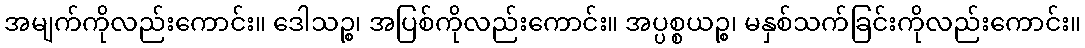
အမျက်ကိုလည်းကောင်း။ ဒေါသဉ္စ၊ အပြစ်ကိုလည်းကောင်း။ အပ္ပစ္စယဉ္စ၊ မနှစ်သက်ခြင်းကိုလည်းကောင်း။